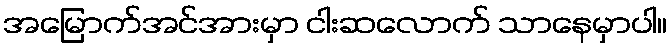
အမြောက်အင်အားမှာ ငါးဆလောက် သာနေမှာပါ။